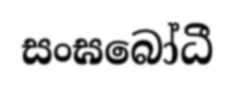
සංඝබෝධී